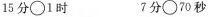
15 分\circ 1 时 7 分\circ 70 秒